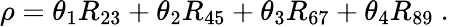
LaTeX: \rho=\theta_{1}R_{23}+\theta_{2}R_{45}+\theta_{3}R_{67}+\theta_{4}R_{89}~.